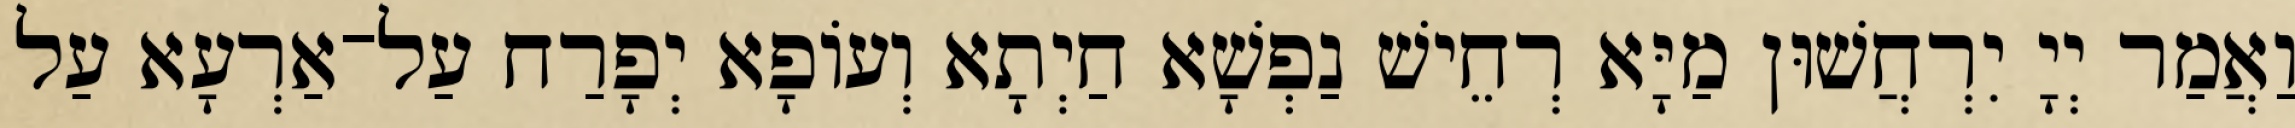
וַאֲמַר יְיָ יִרְחֲשׁוּן מַיָּא רְחֵישׁ נַפְשָׁא חַיְתָא וְעוֹפָא יְפָרַח עַל־אַרְעָא עַל